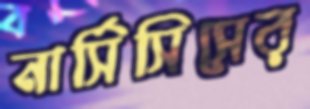
নার্সিসিসের